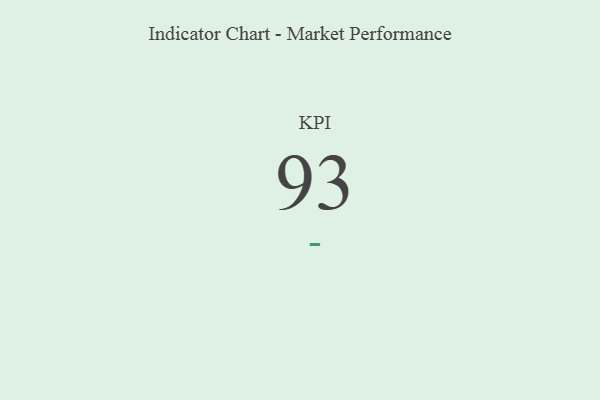
{"axis": {"x": "KPI", "y": "Value"}, "legend": [""], "data": [{"x": "KPI", "y": 93, "type": ""}]}